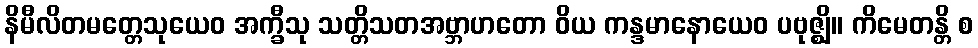
နိမီလိတမတ္တေသုယေဝ အက္ခီသု သတ္တိသတအဗ္ဘာဟတော ဝိယ ကန္ဒမာနောယေဝ ပဗုဇ္ဈိ။ ကိမေတန္တိ စ